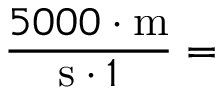
{ \frac { 5 0 0 0 \cdot { \mathrm { m } } } { { \mathrm { s } } \cdot { 1 } } } =